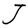
Character: J